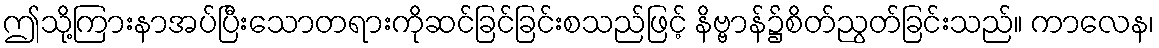
ဤသို့ကြားနာအပ်ပြီးသောတရားကိုဆင်ခြင်ခြင်းစသည်ဖြင့် နိဗ္ဗာန်၌စိတ်ညွတ်ခြင်းသည်။ ကာလေန၊